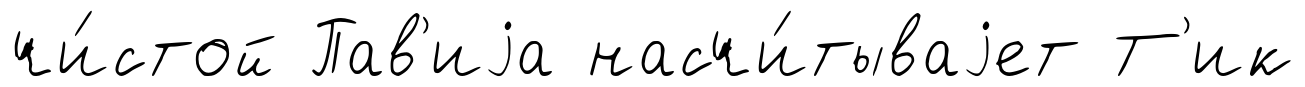
чи́стой Пав'иjа насчи́тываjет Т'ик